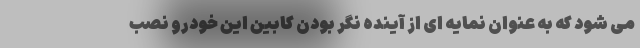
می شود که به عنوان نمایه ای از آینده نگر بودن کابین این خودرو نصب